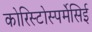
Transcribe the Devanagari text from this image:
कोरिस्टोस्पर्मेसिई